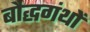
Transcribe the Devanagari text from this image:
बौद्धगंथों